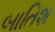
બાતિશ